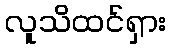
လူသိထင်ရှား